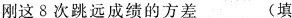
l5。(2013咸宁)跳远运动员李刚对训练效果